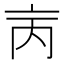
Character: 𠅈